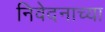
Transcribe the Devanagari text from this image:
निवेदनाच्या